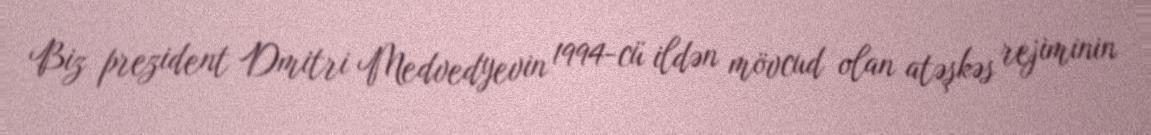
Biz prezident Dmitri Medvedyevin 1994-cü ildən mövcud olan atəşkəs rejiminin